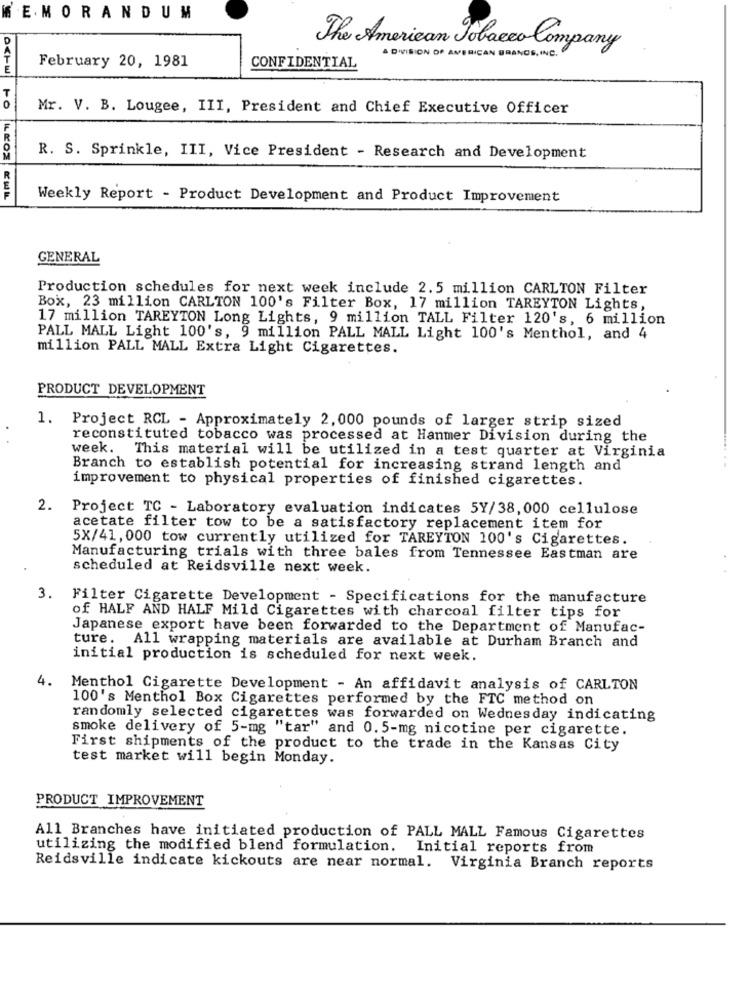
MEMORANDUM
The American Tobacco Company
February 20, 1981
A DIVISION OF AMERICAN BRANDE,INC.
CONFIDENTIAL
Mr. V. B. Lougee, III, President and Chief Executive Officer
R. S. Sprinkle, III, Vice President - Research and Development
Weekly Report - Product Development and Product Improvement
GENERAL
Production schedules for next week include 2.5 million CARLTON Filter
Box, 23 million CARLTON 100's Filter Box, 17 million TAREYTON Lights,
17 million TAREYTON Long Lights, 9 million TALL Filter 120's, 6 million
PALL MALL Light 100's, 9 million PALL MALL Light 100's Menthol, and 4
million PALL MALL Extra Light Cigarettes.
PRODUCT DEVELOPMENT
1. Project RCL - Approximately 2,000 pounds of larger strip sized
.
reconstituted tobacco was processed at Hanmer Division during the
week. This material will be utilized in a test quarter at Virginia
Branch to establish potential for increasing strand length and
improvement to physical properties of finished cigarettes.
2. Project TC - Laboratory evaluation indicates 5Y/38,000 cellulose
acetate filter tow to be a satisfactory replacement item for
5X/41, 000 tow currently utilized for TAREYTON 100's Cigarettes.
Manufacturing trials with three bales from Tennessee Eastman are
scheduled at Reidsville next week.
3. Filter Cigarette Development - Specifications for the manufacture
of HALF AND HALF Mild Cigarettes with charcoal filter tips for
Japanese export have been forwarded to the Department of Manufac-
ture. All wrapping materials are available at Durham Branch and
initial production is scheduled for next week.
4.
Menthol Cigarette Development - An affidavit analysis of CARLTON
100's Menthol Box Cigarettes performed by the FTC method on
randomly selected cigarettes was forwarded on Wednesday indicating
smoke delivery of 5-mg "tar" and 0.5-mg nicotine per cigarette.
First shipments of the product to the trade in the Kansas City
test market will begin Monday.
PRODUCT IMPROVEMENT
All Branches have initiated production of PALL MALL Famous Cigarettes
utilizing the modified blend formulation. Initial reports from
Reidsville indicate kickouts are near normal. Virginia Branch reports